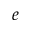
_ e